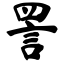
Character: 詈